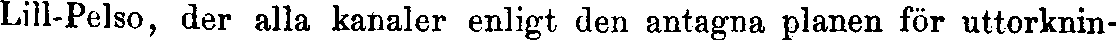
Lill-Pelso, der alla kanaler enligt den antagna planen för uttorknin-